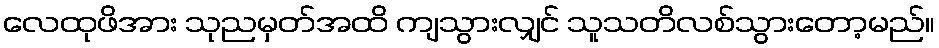
လေထုဖိအား သုညမှတ်အထိ ကျသွားလျှင် သူသတိလစ်သွားတော့မည်။